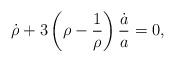
LaTeX: \begin{align*}\dot \rho + 3 \left( \rho - \frac1{\rho} \right) \frac{\dot a}{a}= 0,\end{align*}